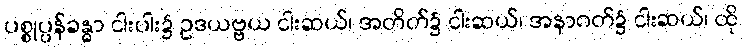
ပစ္စုပ္ပန်ခန္ဓာ ငါးပါး၌ ဥဒယဗ္ဗယ ငါးဆယ်၊ အတိတ်၌ ငါးဆယ်၊ အနာဂတ်၌ ငါးဆယ်၊ ထို